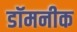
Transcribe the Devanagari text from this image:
डॉमनीक